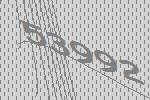
53992